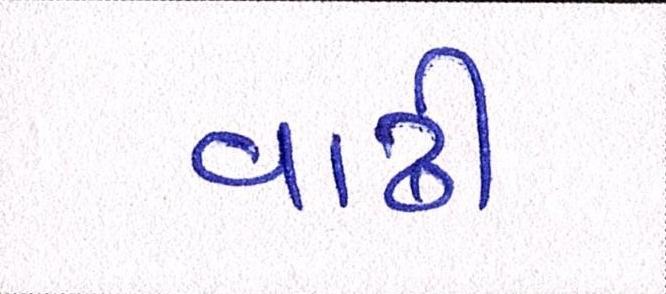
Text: વાઢી